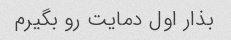
بذار اول دمایت رو بگیرم